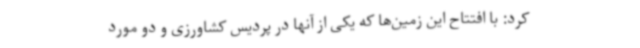
کرد: با افتتاح این زمین‌ها که یکی از آنها در پردیس کشاورزی و دو مورد